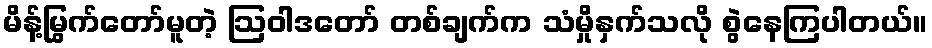
မိန့်မြွက်တော်မူတဲ့ ဩဝါဒတော် တစ်ချက်က သံမှိုနှက်သလို စွဲနေကြပါတယ်။